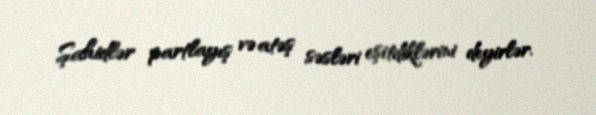
Şahidlər partlayış və atəş səsləri eşitdiklərini deyirlər.